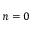
n = 0